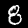
Digit: 8